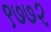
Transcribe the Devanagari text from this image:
९७७२